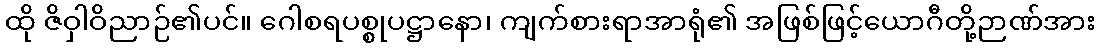
ထို ဇိဝှါဝိညာဉ်၏ပင်။ ဂေါစရပစ္စုပဋ္ဌာနော၊ ကျက်စားရာအာရုံ၏ အဖြစ်ဖြင့်ယောဂီတို့ဉာဏ်အား